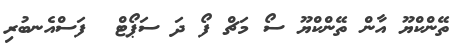
ތޭންކްޔޫ އާން ތޭންކްޔޫ ސޯ މަޗް ފޯ ދަ ސަޕޯޓް  ފަސްއެނބުރި